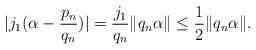
LaTeX: \begin{align*}|j_1(\alpha-\frac{p_n}{q_n})|=\frac{j_1}{q_n}\|q_n\alpha\|\leq \frac{1}{2}\|q_n\alpha\|.\end{align*}